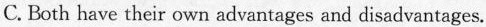
C. Both have their own advantages and disadvantages.